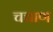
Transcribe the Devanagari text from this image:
चचाण